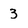
Character: 3